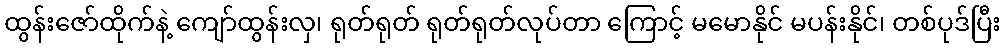
ထွန်းဇော်ထိုက်နဲ့ ကျော်ထွန်းလှ၊ ရုတ်ရုတ် ရုတ်ရုတ်လုပ်တာ ကြောင့် မမောနိုင် မပန်းနိုင်၊ တစ်ပုဒ်ပြီး